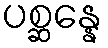
ပစ္ဆန္နေ